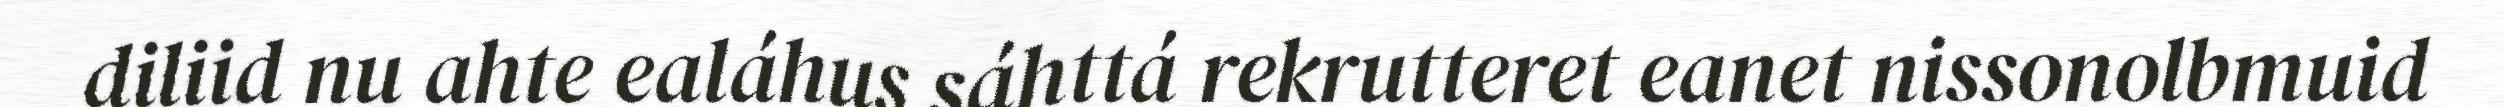
diliid nu ahte ealáhus sáhttá rekrutteret eanet nissonolbmuid